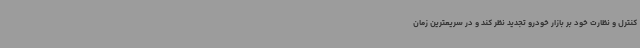
کنترل و نظارت خود بر بازار خودرو تجدید نظر کند و در سریعترین زمان